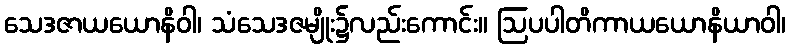
သေဒဇာယယောနိဝါ၊ သံသေဒဇမျိုး၌လည်းကောင်း။ ဩပပါတိကာယယောနိယာဝါ၊